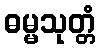
ဓမ္မသုတ္တံ